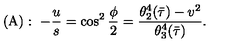
( \mathrm { A } ) : \ - { \frac { u } { s } } = \cos ^ { 2 } { \frac { \phi } { 2 } } = { \frac { \theta _ { 2 } ^ { 4 } ( \bar { \tau } ) - v ^ { 2 } } { \theta _ { 3 } ^ { 4 } ( \bar { \tau } ) } } .